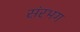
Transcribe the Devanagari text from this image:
संरभग